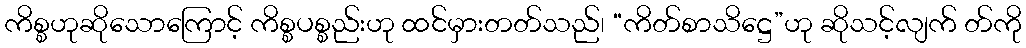
ကိစ္စဟုဆိုသောကြောင့် ကိစ္စပစ္စည်းဟု ထင်မှားတတ်သည်၊ “ကိတ်စာသိဋ္ဌေ”ဟု ဆိုသင့်လျက် တ်ကို